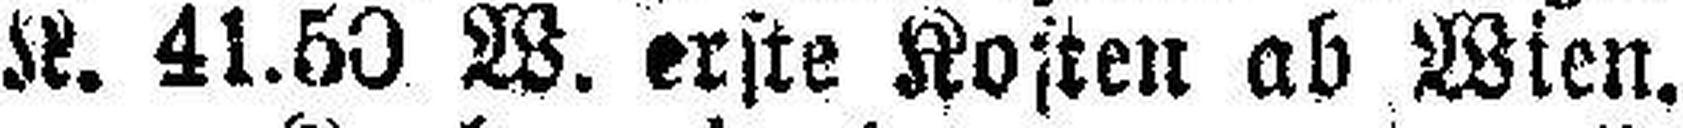
K. 41.50 W. erste Kosten ab Wien.